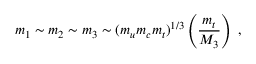
m _ { 1 } \sim m _ { 2 } \sim m _ { 3 } \sim ( m _ { u } m _ { c } m _ { t } ) ^ { 1 / 3 } \left( { \frac { m _ { t } } { M _ { 3 } } } \right) \; ,